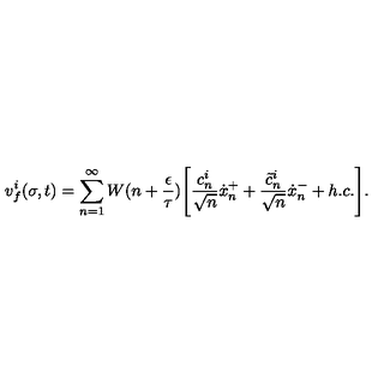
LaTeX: v _ { f } ^ { i } ( \sigma , t ) = \sum _ { n = 1 } ^ { \infty } W ( n + \frac { \epsilon } { \tau } ) \Biggl [ \frac { c _ { n } ^ { i } } { \sqrt { n } } \dot { x } _ { n } ^ { + } + \frac { \tilde { c } _ { n } ^ { i } } { \sqrt { n } } \dot { x } _ { n } ^ { - } + h . c . \Biggr ] .